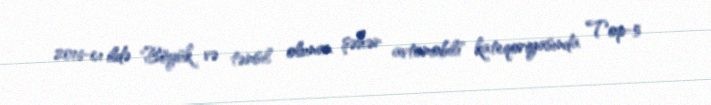
2016-cı ildə "Böyük və təmsil olunan şəhər avtomobili" kateqoriyasında Top-5